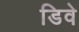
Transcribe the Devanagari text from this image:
डिवे